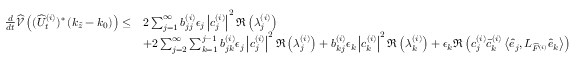
\begin{array} { r l } { \frac { d } { d t } \widehat { \mathcal { V } } \left( ( \widehat { U } _ { t } ^ { ( i ) } ) ^ { * } \left( k _ { \widehat { z } } - k _ { 0 } \right) \right) \leq } & { 2 \sum _ { j = 1 } ^ { \infty } b _ { j j } ^ { ( i ) } \epsilon _ { j } \left| c _ { j } ^ { ( i ) } \right| ^ { 2 } \Re \left( \lambda _ { j } ^ { ( i ) } \right) } \\ & { + 2 \sum _ { j = 2 } ^ { \infty } \sum _ { k = 1 } ^ { j - 1 } b _ { j k } ^ { ( i ) } \epsilon _ { j } \left| c _ { j } ^ { ( i ) } \right| ^ { 2 } \Re \left( \lambda _ { j } ^ { ( i ) } \right) + b _ { k j } ^ { ( i ) } \epsilon _ { k } \left| c _ { k } ^ { ( i ) } \right| ^ { 2 } \Re \left( \lambda _ { k } ^ { ( i ) } \right) + \epsilon _ { k } \Re \left( c _ { j } ^ { ( i ) } \bar { c } _ { k } ^ { ( i ) } \left\langle \widehat { e } _ { j } , L _ { \widehat { F } ^ { ( i ) } } \widehat { e } _ { k } \right\rangle \right) } \end{array}